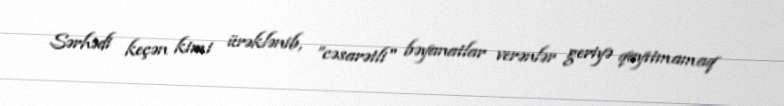
Sərhədi keçən kimi ürəklənib, ”cəsarətli" bəyanatlar verənlər geriyə qayıtmamaq